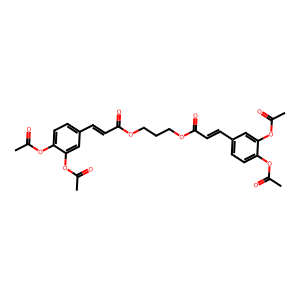
SMILES: CC(=O)Oc1ccc(C=CC(=O)OCCCOC(=O)C=Cc2ccc(OC(C)=O)c(OC(C)=O)c2)cc1OC(C)=O
Inhibits HIV replication: No